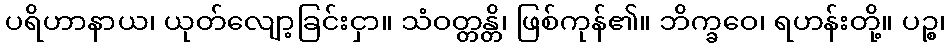
ပရိဟာနာယ၊ ယုတ်လျော့ခြင်းငှာ။ သံဝတ္တန္တိ၊ ဖြစ်ကုန်၏။ ဘိက္ခဝေ၊ ရဟန်းတို့။ ပဉ္စ၊